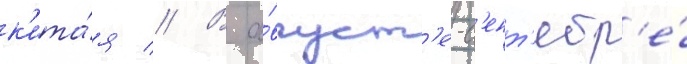
к'ита́я // В а́вгуст'е-с'ент'ябр'е́